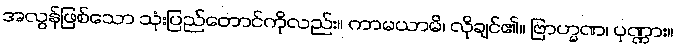
အလွန်ဖြစ်သော သုံးပြည်တောင်ကိုလည်း။ ကာမယာမိ၊ လိုချင်၏။ ဗြာဟ္မဏ၊ ပုဏ္ဏား။